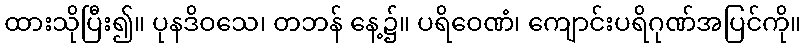
ထားသိုပြီး၍။ ပုနဒိဝသေ၊ တဘန် နေ့၌။ ပရိဝေဏံ၊ ကျောင်းပရိဂုဏ်အပြင်ကို။